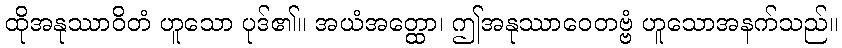
ထိုအနုဿာဝိတံ ဟူသော ပုဒ်၏။ အယံအတ္ထော၊ ဤအနုဿာဝေတဗ္ဗံ ဟူသောအနက်သည်။